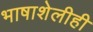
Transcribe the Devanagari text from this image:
भाषाशेलीही